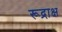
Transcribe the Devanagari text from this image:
रूद्राक्ष